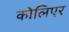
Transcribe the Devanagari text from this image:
कोलिएर